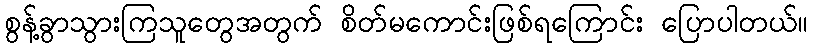
စွန့်ခွာသွားကြသူတွေအတွက် စိတ်မကောင်းဖြစ်ရကြောင်း ပြောပါတယ်။